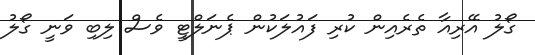
ގޯލު އޭރިއާ ތެރެއިން ކުރި ފައުލަކުން ޕެނަލްޓީ ވެސް ލިބި ވަނީ ގޯލު